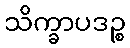
သိက္ခာပဒဉ္စ